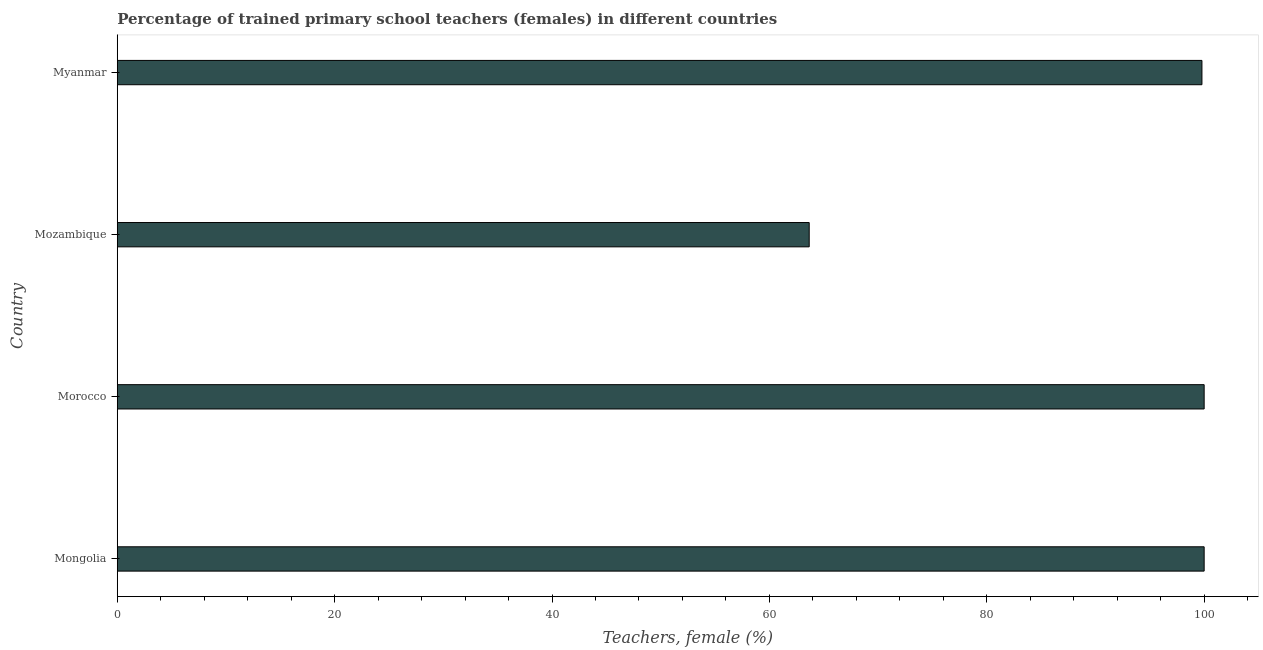
| Country | Trained teachers female |
 | --- | --- |
 | Mongolia | 100 |
 | Morocco | 100 |
 | Mozambique | 63.7 |
 | Myanmar | 99.8 |